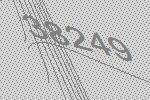
38249